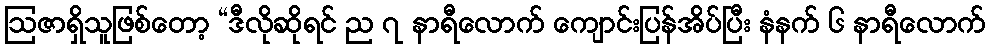
ဩဇာရှိသူဖြစ်တော့ “ဒီလိုဆိုရင် ည ၇ နာရီလောက် ကျောင်းပြန်အိပ်ပြီး နံနက် ၆ နာရီလောက်